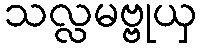
သလ္လမဗ္ဗုယှ